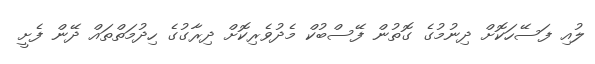
ލުއި ފަސޭހަކޮށް ދިނުމުގެ ގޮތުން ފޭސްބުކް މެދުވެރިކޮށް ދިރާގުގެ ހިދުމަތްތައް ދޭން ފެށީ